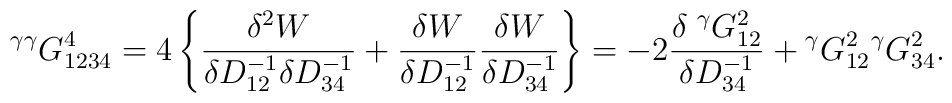
{}^{\gamma\gamma}G^{4}_{1234}=4 \left\{ \frac{\delta^2 W}{\delta D^{-1}_{12} \delta D^{-1}_{34}} + \frac{\delta W}{\delta D^{-1}_{12}}\frac{\delta W}{\delta D^{-1}_{34}} \right\}=-2\frac{\delta \;{}^\gamma G^{2}_{12}}{\delta D^{-1}_{34}} +{}^\gamma G^{2}_{12} {}^\gamma G^{2}_{34} .